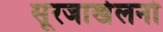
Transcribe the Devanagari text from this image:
सूरजाखेलनो